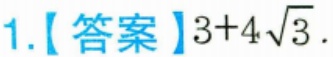
1.【答案】\(3 + 4\sqrt{3}\).